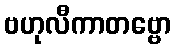
ဗဟုလီကာတဗ္ဗော